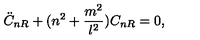
\ddot { C } _ { n R } + ( n ^ { 2 } + \frac { m ^ { 2 } } { l ^ { 2 } } ) C _ { n R } = 0 ,